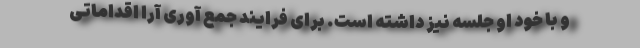
و با خود او جلسه نیز داشته است. برای فرایند جمع آوری آرا اقداماتی